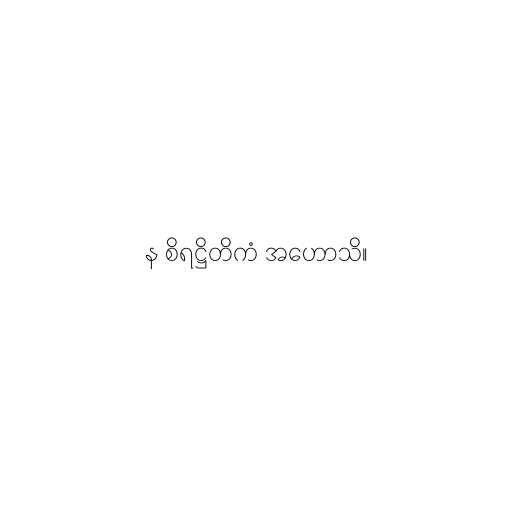
န စိရဋ္ဌိတိကံ အဟောသိ။